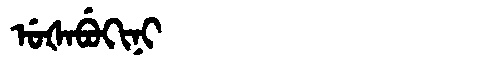
Manchu: ᡠᡧᠠᠪᡠᡴᡳᠨᡳ
Romanization: UŠABUKINI